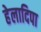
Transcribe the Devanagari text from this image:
हेलादिपा